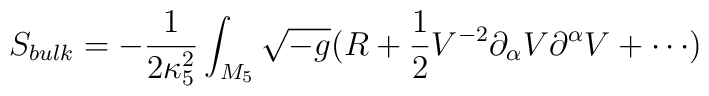
S_{bulk}=-\frac{1}{2\kappa_{5}^{2}}\int_{M_{5}}{\sqrt{-g}(R+\frac{1}{2}V^{-2}\partial_{\alpha}V\partial^{\alpha}V+\cdots)}